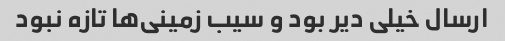
ارسال خیلی دیر بود و سیب زمینی‌ها تازه نبود